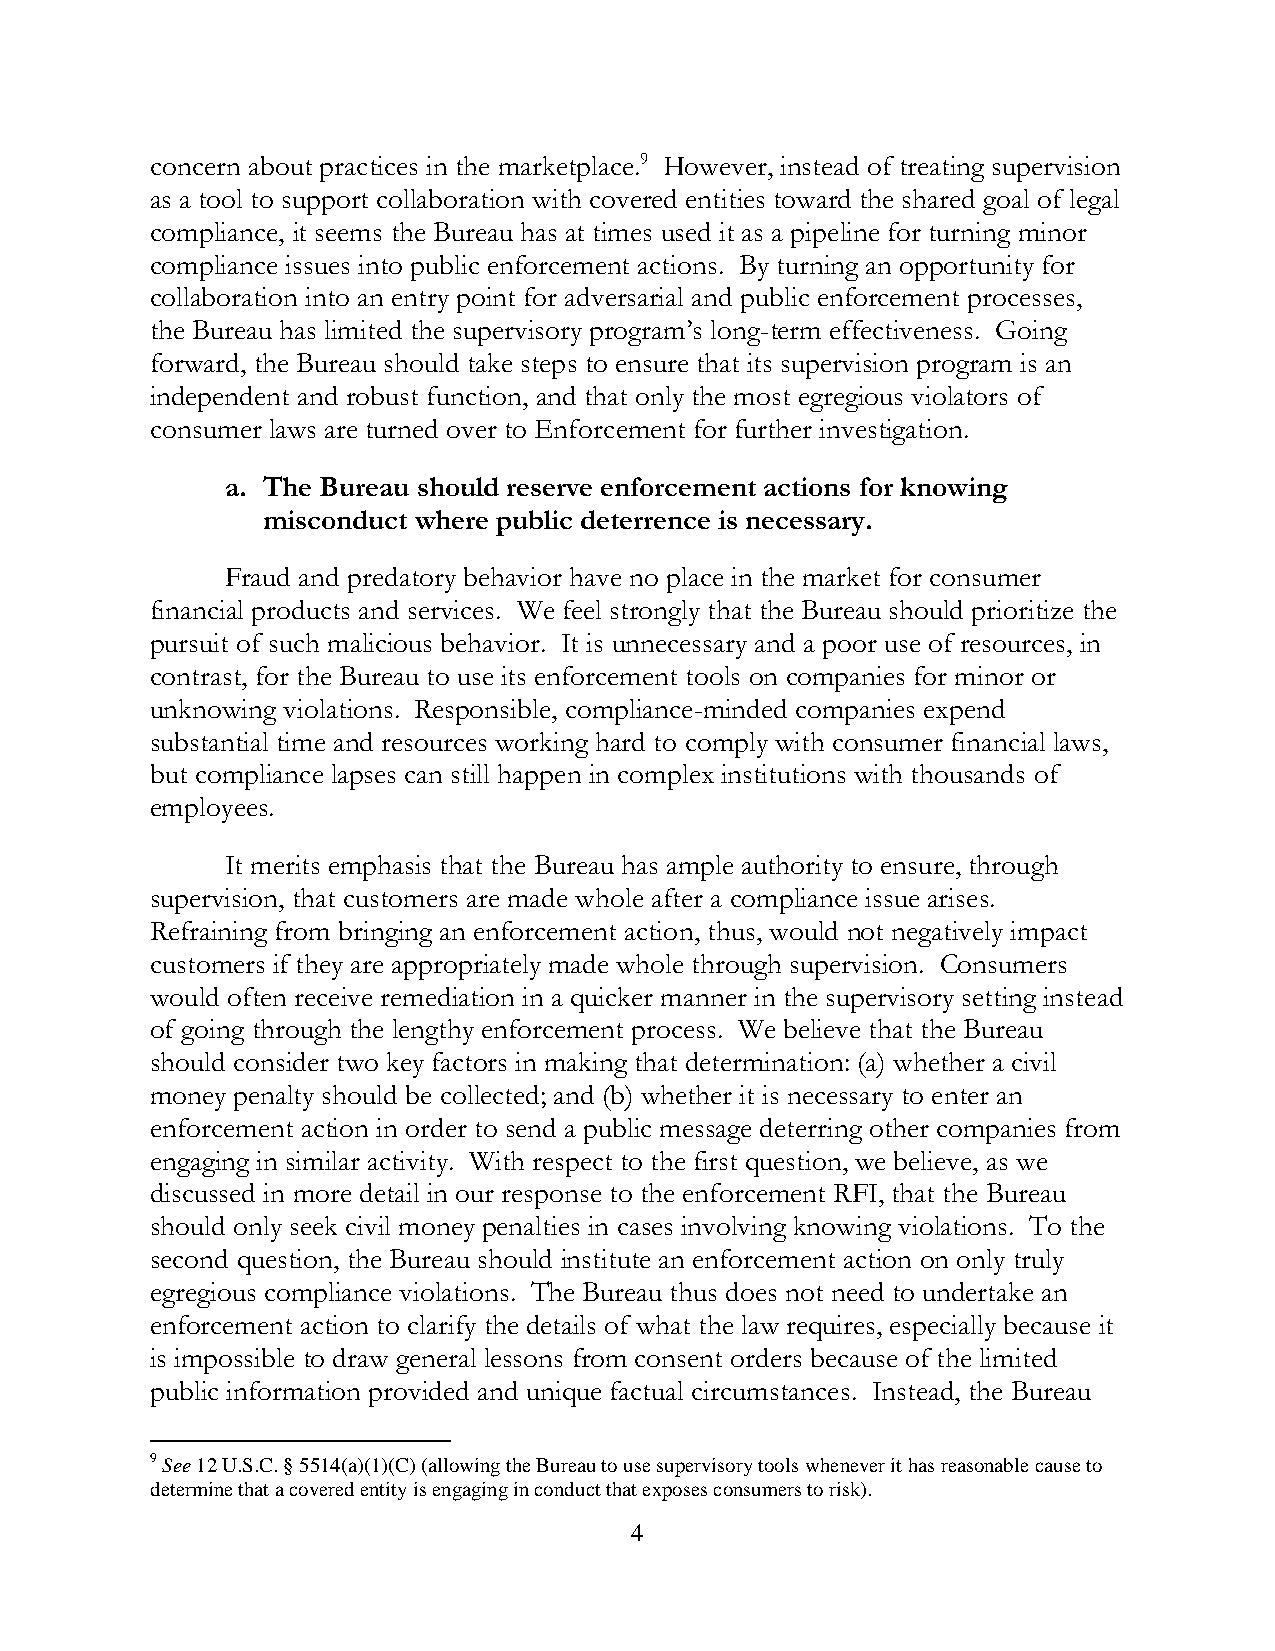
concern about practices in the marketplace.9 However, instead of treating supervision
 as a tool to support collaboration with covered entities toward the shared goal of legal
 compliance, it seems the Bureau has at times used it as a pipeline for turning minor
 compliance issues into public enforcement actions. By turning an opportunity for
 collaboration into an entry point for adversarial and public enforcement processes,
 the Bureau has limited the supervisory program’s long-term effectiveness. Going
 forward, the Bureau should take steps to ensure that its supervision program is an
 independent and robust function, and that only the most egregious violators of
 consumer laws are turned over to Enforcement for further investigation.
 a. The Bureau should reserve enforcement actions for knowing
 misconduct where public deterrence is necessary.
 Fraud and predatory behavior have no place in the market for consumer
 financial products and services. We feel strongly that the Bureau should prioritize the
 pursuit of such malicious behavior. It is unnecessary and a poor use of resources, in
 contrast, for the Bureau to use its enforcement tools on companies for minor or
 unknowing violations. Responsible, compliance-minded companies expend
 substantial time and resources working hard to comply with consumer financial laws,
 but compliance lapses can still happen in complex institutions with thousands of
 employees.
 It merits emphasis that the Bureau has ample authority to ensure, through
 supervision, that customers are made whole after a compliance issue arises.
 Refraining from bringing an enforcement action, thus, would not negatively impact
 customers if they are appropriately made whole through supervision. Consumers
 would often receive remediation in a quicker manner in the supervisory setting instead
 of going through the lengthy enforcement process. We believe that the Bureau
 should consider two key factors in making that determination: (a) whether a civil
 money penalty should be collected; and (b) whether it is necessary to enter an
 enforcement action in order to send a public message deterring other companies from
 engaging in similar activity. With respect to the first question, we believe, as we
 discussed in more detail in our response to the enforcement RFI, that the Bureau
 should only seek civil money penalties in cases involving knowing violations. To the
 second question, the Bureau should institute an enforcement action on only truly
 egregious compliance violations. The Bureau thus does not need to undertake an
 enforcement action to clarify the details of what the law requires, especially because it
 is impossible to draw general lessons from consent orders because of the limited
 public information provided and unique factual circumstances. Instead, the Bureau
 9 See 12 U.S.C. § 5514(a)(1)(C) (allowing the Bureau to use supervisory tools whenever it has reasonable cause to
 determine that a covered entity is engaging in conduct that exposes consumers to risk).
 4